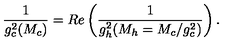
\frac { 1 } { g _ { c } ^ { 2 } ( M _ { c } ) } = R e \left( \frac { 1 } { g _ { h } ^ { 2 } ( M _ { h } = M _ { c } / g _ { c } ^ { 2 } ) } \right) .